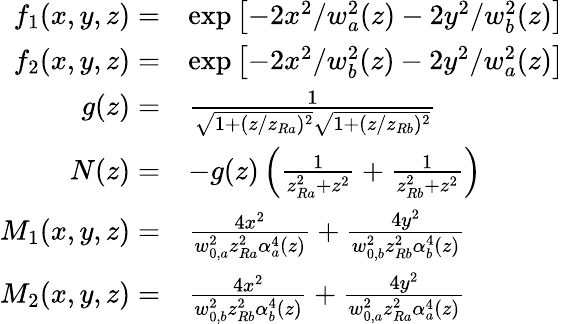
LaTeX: \begin{array}{rl}{f_{1}(x,y,z)=}&{\exp\left[-2x^{2}/w_{a}^{2}(z)-2y^{2}/w_{b}^{2}(z)\right]}\\ {f_{2}(x,y,z)=}&{\exp\left[-2x^{2}/w_{b}^{2}(z)-2y^{2}/w_{a}^{2}(z)\right]}\\ {g(z)=}&{\frac{1}{\sqrt{1+(z/z_{Ra})^{2}}\sqrt{1+(z/z_{Rb})^{2}}}}\\ {N(z)=}&{-g(z)\left(\frac{1}{z_{Ra}^{2}+z^{2}}+\frac{1}{z_{Rb}^{2}+z^{2}}\right)}\\ {M_{1}(x,y,z)=}&{\frac{4x^{2}}{w_{0,a}^{2}z_{Ra}^{2}\alpha_{a}^{4}(z)}+\frac{4y^{2}}{w_{0,b}^{2}z_{Rb}^{2}\alpha_{b}^{4}(z)}}\\ {M_{2}(x,y,z)=}&{\frac{4x^{2}}{w_{0,b}^{2}z_{Rb}^{2}\alpha_{b}^{4}(z)}+\frac{4y^{2}}{w_{0,a}^{2}z_{Ra}^{2}\alpha_{a}^{4}(z)}}\end{array}